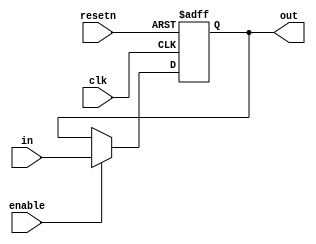
module dff(
		clk,
		resetn,
		enable,
		in,
		out
);
	input clk;
	input resetn;
	input enable;
	input in;
	output out;
	
	
	
	reg R;
	
	assign out = R;
	
	always @ (posedge clk or negedge resetn) 
	begin
		if (resetn == 1'b0) R <= 1'b0;
		else 
			if (enable == 1'b1) 
				R <= in;
			else 
				R <= R;
	end

endmodule